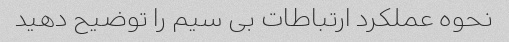
نحوه عملکرد ارتباطات بی سیم را توضیح دهید